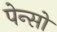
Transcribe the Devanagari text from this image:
पेन्सो